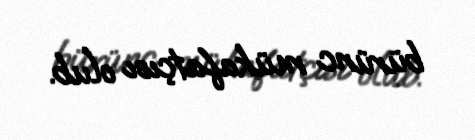
bürünc mükafatçısı olub.